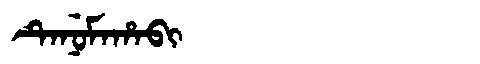
Manchu: ᡨᡝᠨᡠᠮᠠᡥᠠᠪᡳ
Romanization: TENUMAHABI